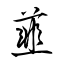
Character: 韮